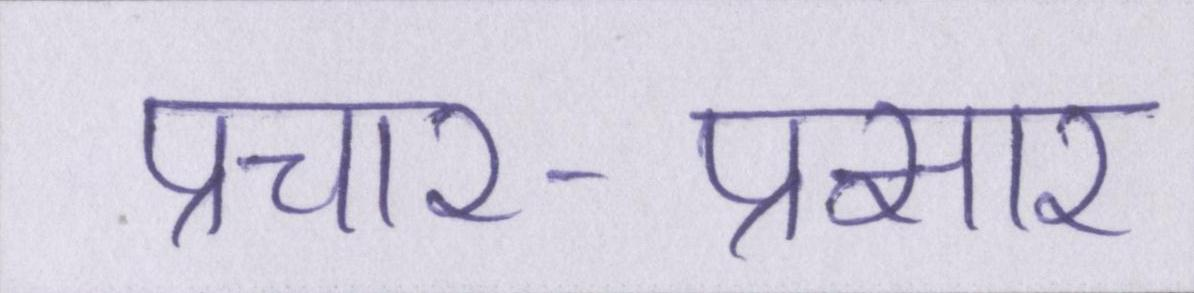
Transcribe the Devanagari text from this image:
प्रचार-प्रसार